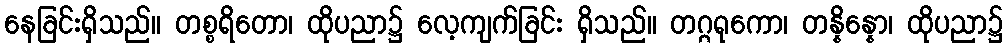
နေခြင်းရှိသည်။ တစ္စရိတော၊ ထိုပညာ၌ လေ့ကျက်ခြင်း ရှိသည်။ တဂ္ဂရုကော၊ တန္နိန္နော၊ ထိုပညာ၌